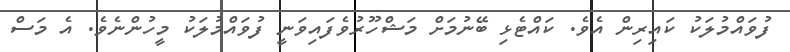
ފުވައްމުލަކު ކައިރިން އެވެ. ކައްޓެޅި ބޭނުމަށް މަޝްހޫރުވެފައިވަނީ ފުވައްމުލަކު މީހުންނެވެ. އެ މަސް